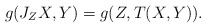
\begin{align*}g(J_Z X,Y)=g(Z,T(X,Y)).\end{align*}